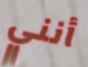
أنني